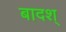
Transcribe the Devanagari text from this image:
बादश्